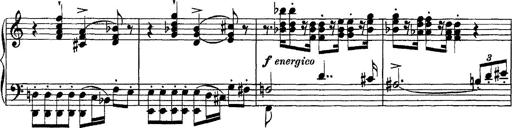
Title: Piano Sonata
Composer: Karl HÃ¤ssler
Key: C major